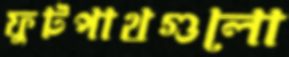
ফুটপাথগুলো